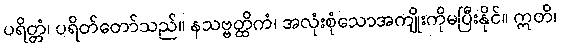
ပရိတ္တံ၊ ပရိတ်တော်သည်။ နသဗ္ဗတ္ထိကံ၊ အလုံးစုံသောအကျိုးကိုမပြီးနိုင်။ ဣတိ၊